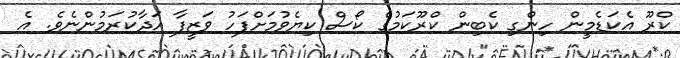
ކްރޫ އެކަޑެމީން ހިންގި ކެބިން ކްރޫކަމުގެ ކޯސް ކިޔެވުމަށްފަހު ވަޒީފާ އަދާކުރަމުންނެވެ. އެ